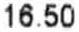
16.50